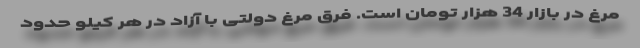
مرغ در بازار 34 هزار تومان است. فرق مرغ دولتی با آزاد در هر کیلو حدود